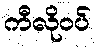
ကီလိုဝပ်